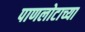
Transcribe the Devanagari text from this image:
पाणलोटाच्या